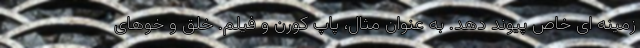
زمینه ای خاص پیوند دهد. به عنوان مثال، پاپ کورن و فیلم. خلق و خوهای